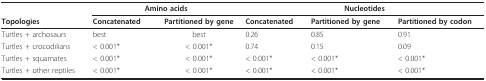
<table><thead><tr><td></td><td colspan="2"><b>Amino acids</b></td><td colspan="3"><b>Nucleotides</b></td></tr><tr><td><b>Topologies</b></td><td><b>Concatenated</b></td><td><b>Partitioned by gene</b></td><td><b>Concatenated</b></td><td><b>Partitioned by gene</b></td><td><b>Partitioned by codon</b></td></tr></thead><tbody><tr><td>Turtles + archosaurs</td><td>best</td><td>best</td><td>0.26</td><td>0.85</td><td>0.91</td></tr><tr><td>Turtles + crocodilians</td><td>&lt; 0.001*</td><td>&lt; 0.001*</td><td>0.74</td><td>0.15</td><td>0.09</td></tr><tr><td>Turtles + squamates</td><td>&lt; 0.001*</td><td>&lt; 0.001*</td><td>&lt; 0.001*</td><td>&lt; 0.001*</td><td>&lt; 0.001*</td></tr><tr><td>Turtles + other reptiles</td><td>&lt; 0.001*</td><td>&lt; 0.001*</td><td>&lt; 0.001*</td><td>&lt; 0.001*</td><td>&lt; 0.001*</td></tr></tbody></table>